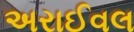
અરાઈવલ